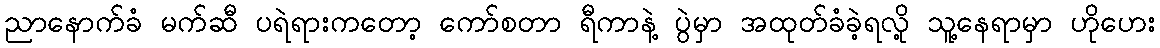
ညာနောက်ခံ မက်ဆီ ပရဲရားကတော့ ကော်စတာ ရီကာနဲ့ ပွဲမှာ အထုတ်ခံခဲ့ရလို့ သူ့နေရာမှာ ဟိုဟေး